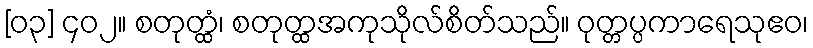
[၀၃] ၄၀၂။ စတုတ္ထံ၊ စတုတ္ထအကုသိုလ်စိတ်သည်။ ဝုတ္တပ္ပကာရေသုဧဝ၊